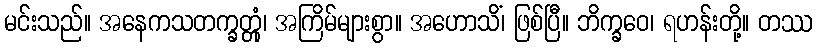
မင်းသည်။ အနေကသတက္ခတ္တုံ၊ အကြိမ်များစွာ။ အဟောသိံ၊ ဖြစ်ပြီ။ ဘိက္ခဝေ၊ ရဟန်းတို့။ တဿ